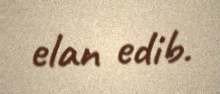
elan edib.